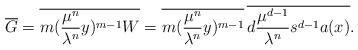
LaTeX: \begin{align*}\overline{G}=\overline{m(\frac{\mu^{n}}{\lambda^{n}}y)^{m-1}W}=\overline{m(\frac{\mu^{n}}{\lambda^{n}}y)^{m-1}}\,\overline{d\frac{\mu^{d-1}}{\lambda^{n}}s^{d-1}a(x)}.\end{align*}